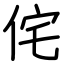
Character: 侘